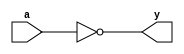
module notgate(a,y);
input a;
output y;

assign y=~a;
endmodule